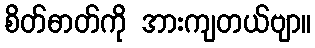
စိတ်ဓာတ်ကို အားကျတယ်ဗျာ။